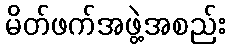
မိတ်ဖက်အဖွဲ့အစည်း